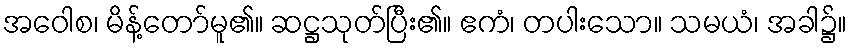
အဝေါစ၊ မိန့်တော်မူ၏။ ဆဋ္ဌသုတ်ပြီး၏။ ဧကံ၊ တပါးသော။ သမယံ၊ အခါ၌။